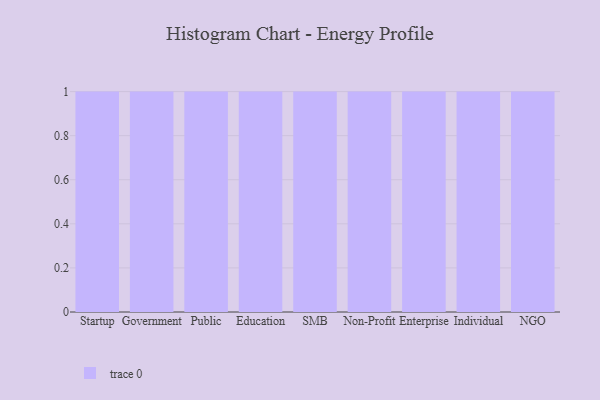
{"axis": {"x": "Segment", "y": "Market Share (%)"}, "legend": [""], "data": [{"x": "Startup", "y": 72, "type": ""}, {"x": "Government", "y": 96, "type": ""}, {"x": "Public", "y": 44, "type": ""}, {"x": "Education", "y": 82, "type": ""}, {"x": "SMB", "y": 32, "type": ""}, {"x": "Non-Profit", "y": 40, "type": ""}, {"x": "Enterprise", "y": 3, "type": ""}, {"x": "Individual", "y": 5, "type": ""}, {"x": "NGO", "y": 5, "type": ""}]}